Lunatic asylums Punjab 1881-1894 - 1881-1894
Year: 1881
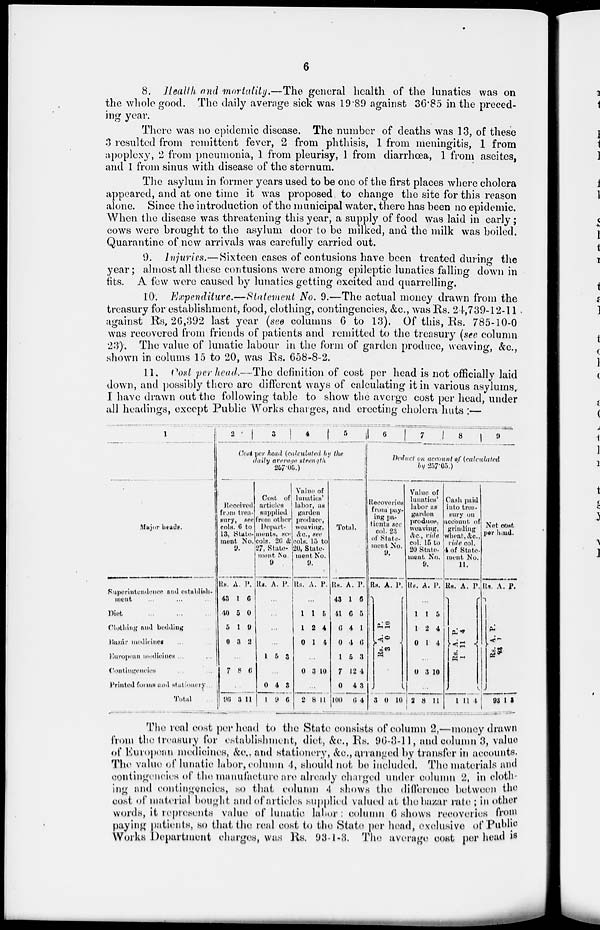
6
8. Health and mortality.—The general health of the lunatics was on
the whole good. The daily average sick was 19.89 against 36.85 in the preced-
ing year.
There was no epidemic disease. The number of deaths was 13, of these
3 resulted from remittent fever, 2 from phthisis, 1 from meningitis, 1 from
apoplexy, 2 from pneumonia, 1 from pleurisy, 1 from diarrhœa, 1 from ascites,
and 1 from sinus with disease of the sternum.
The asylum in former years used to be one of the first places where cholera
appeared, and at one time it was proposed to change the site for this reason
alone. Since the introduction of the municipal water, there has been no epidemic.
When the disease was threatening this year, a supply of food was laid in early;
cows were brought to the asylum door to be milked, and the milk was boiled.
Quarantine of new arrivals was carefully carried out.
9. Injuries.—Sixteen cases of contusions have been treated during the
year ; almost all these contusions were among epileptic lunatics falling down in
fits. A few were caused by lunatics getting excited and quarrelling.
10. Expenditure.—Statement No. 9.—The actual money drawn from the
treasury for establishment, food, clothing, contingencies, &c, was Rs. 24,739-12-11
against Rs. 26,392 last year (see columns 6 to 13). Of this, Rs. 785-10-0
was recovered from friends of patients and remitted to the treasury (see column
23). The value of lunatic labour in the form of garden produce, weaving, &c.,
shown in columns 15 to 20, was Rs. 658-8-2.
11. Cost per head.—The definition of cost per head is not officially laid
down, and possibly there are different ways of calculating it in various asylums.
I have drawn out the following table to show the averge cost per head, under
all headings, except Public Works charges, and erecting cholera huts :—
1
Major heads.
Superintendence and establish.
ment
Diet
Clothing and bedding
Bazár medicines
European medicines ...
Contingencies
Printed founts and stationery...
Total
2
3
4
5
Cost per head (calculated by the
daily average strength
267.05.)
Received
from trea-
sury, see
cola. 6 to
13, State-
ment No.
9.
Rs.
43
40
5
0
A.
1
5
1
3
P.
6
0
9
2
...
7 8 6
...
96 3 11
Cost
of
articles
supplied
from other
departments, see
cols. 20 &
27, State-
ment No.
9
Rs. A. P.
...
...
...
...
1
5 3
...
0
1
4
9
3
6
Value of
lunatics'
labor, as
garden
produce,
weaving,
&c., see
cols. 15 to
20, State.
went No.
9.
Rs. A. P.
...
1
1
0
1
2
1
5
4
4
...
0 3 10
...
2 8 11
Total.
Rs.
43
41
6
0
1
7
0
100
A.
1
6
4
4
5
12
4
a
P.
6
5
1
6
3
4
3
4
6
7
8
9
Deduct on account of (calculated
by 257.05.)
Recoveries
from pay-
ing pat i ent s sec
col. 23
of State-
ment No.
9.
RS. A. P.
P.
A.
Rs.
10
0
3
3 0 10
Value of
lunation
labor as
garden
produce,
weaving,
&c., vide
col. 15 to
20 State-
ment No.
9.
Rs. A. P.
...
1
1
0
1
2
1
5
4
4
0 3 10
...
2 8 11
Cash paid
into trea-
sury on
account; of
grinding
wheat, &c.,
vide col.
4 of State-
ment No.
11.
RS. A. P.
P.
A.
Rs.
4
11
1
1 11 4
Net cost
per head.
Rs. A.. P.
P.
A.
Rs.
1
98
93 1 3
The real cost per head to the State consists of column 2,—money drawn
from the treasury for establishment, diet, &c., Rs. 96-3-11, and column 3, value
of European medicines, &c., and stationery, &c., arranged by transfer in accounts.
The value of lunatic labor, column 4, should not be included. The materials and
contingencies of the manufacture are already charged under column 2, in cloth-
ing and contingencies, so that column 4 shows the difference between the
cost of material bought and of articles supplied valued at the bazar rate ; in other
words, it represents value of lunatic labor: column 6 shows recoveries from
paying patients, so that the real cost to the State per head, exclusive of Public
Works Department charges, was Rs. 93-1-3. The average cost per head is